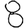
Digit: 8